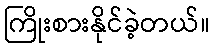
ကြိုးစားနိုင်ခဲ့တယ်။